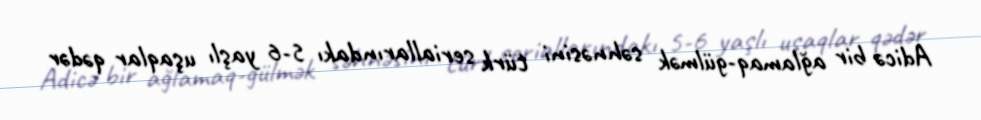
Adicə bir ağlamaq-gülmək səhnəsini türk seriallarındakı 5-6 yaşlı uşaqlar qədər